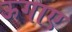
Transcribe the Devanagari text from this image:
ऊगाए